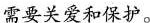
需要关爱和保护。